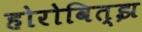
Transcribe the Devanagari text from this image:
होरोवित्झ